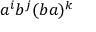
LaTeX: a ^ { i } b ^ { j } ( b a ) ^ { k }